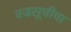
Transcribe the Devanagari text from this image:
वज्रसूचीचा